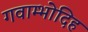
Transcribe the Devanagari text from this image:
गवाम्भोदिह